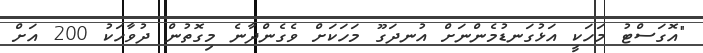
"އޮގަސްޓު މަހަކީ އަޅުގަނޑުމެންނަށް އުނދަގޫ މަހަކަށް ވެގެންދާނެ މިގޮތުން ދުވާހަކު 200 އަށް